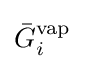
{\bar {G}}_{i}^{\text{vap}}